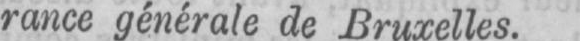
rance générale de Bruxelles.